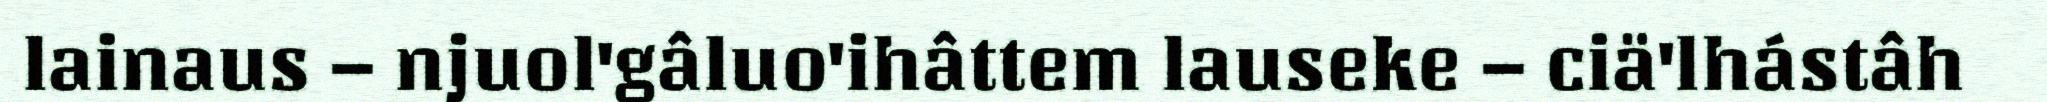
lainaus – njuol'gâluo'ihâttem lauseke – ciä'lhástâh